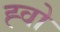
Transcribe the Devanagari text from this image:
ह्वो